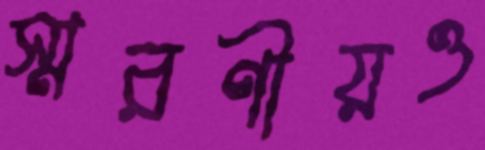
স্মরণীয়ও